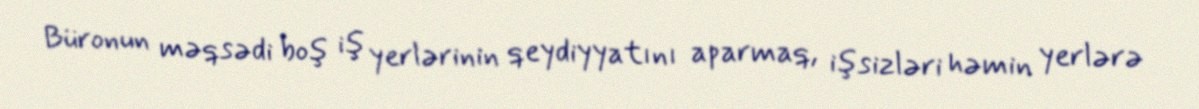
Büronun məqsədi boş iş yerlərinin qeydiyyatını aparmaq, işsizləri həmin yerlərə